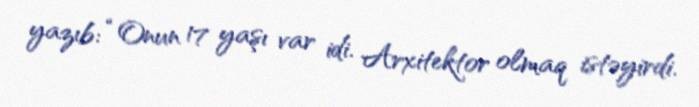
yazıb: “Onun 17 yaşı var idi. Arxitektor olmaq istəyirdi.